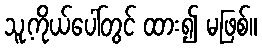
သူ့ကိုယ်ပေါ်တွင် ထား၍ မဖြစ်။